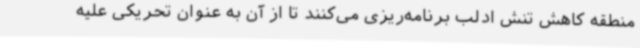
منطقه کاهش تنش ادلب برنامه‌ریزی می‌کنند تا از آن به عنوان تحریکی علیه